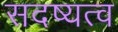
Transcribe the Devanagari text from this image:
सदष्यत्व